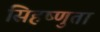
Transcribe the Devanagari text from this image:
सिहष्णुता